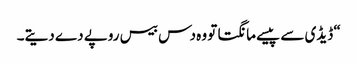
“ ڈیڈی سے پیسے مانگتا تو وہ دس بیس روپے دے دیتے۔